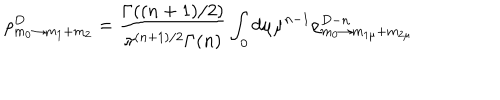
LaTeX: \rho _ { m _ { 0 } \rightarrow m _ { 1 } + m _ { 2 } } ^ { D } = \frac { \Gamma ( ( n + 1 ) / 2 ) } { \pi ^ { ( n + 1 ) / 2 } \Gamma ( n ) } \int _ { 0 } d \mu \mu ^ { n - 1 } \rho _ { m _ { 0 } \rightarrow m _ { 1 \mu } + m _ { 2 \mu } } ^ { D - n }